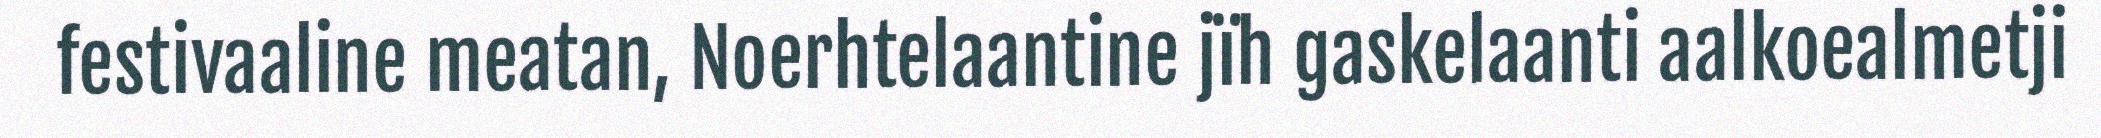
festivaaline meatan, Noerhtelaantine jïh gaskelaanti aalkoealmetji